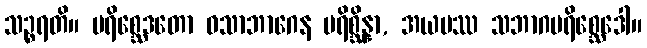
သဉ္စရတိ။ ပရိစ္ဆေဒတော ဝသာဘာဂေန ပရိစ္ဆိန္နာ, အယမဿ သဘာဂပရိစ္ဆေဒေါ။